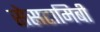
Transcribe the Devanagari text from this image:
सेसटामिबी